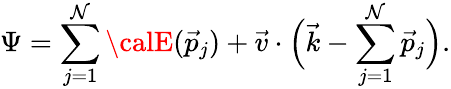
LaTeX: \Psi=\sum_{j=1}^{\mathcal{N}}{\calE}(\vec{{p}}_{j})+\vec{{v}}\cdot\Big(\vec{{k}}-\sum_{j=1}^{\mathcal{N}}\vec{{p}}_{j}\Big).